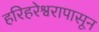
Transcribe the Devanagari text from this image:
हरिहरेश्वरापासून